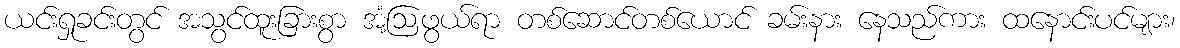
ယင်းရှုခင်းတွင် အသွင်ထူးခြားစွာ အံ့ဩဖွယ်ရာ တစ်ဆောင်တစ်ယောင် ခမ်းနား နေသည်ကား ထနောင်းပင်များ၊